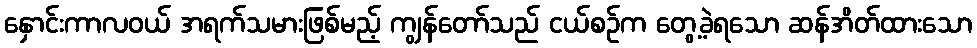
နှောင်းကာလဝယ် အရက်သမားဖြစ်မည့် ကျွန်တော်သည် ငယ်စဉ်က တွေ့ခဲ့ရသော ဆန်အိတ်ထားသော